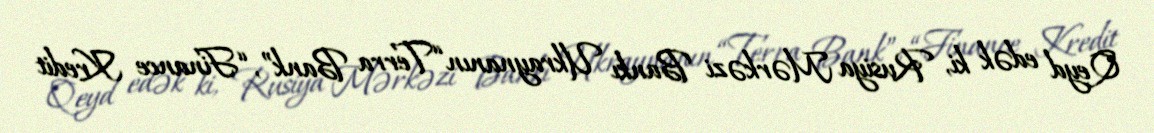
Qeyd edək ki, Rusiya Mərkəzi Bankı Ukraynanın “Terra Bank”, “Finance Kredit